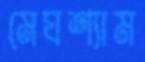
মেঘশ্যাম